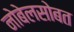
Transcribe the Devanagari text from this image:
नोबेलसोबत